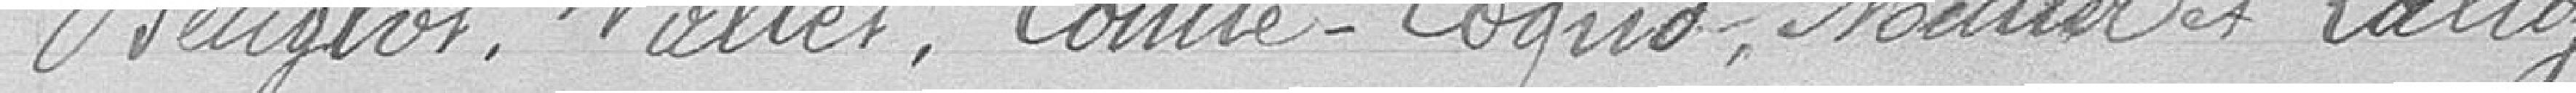
Beuglot, Vallet, Comte-Cogno, Muller et Lally.